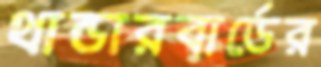
থান্ডারবার্ডের